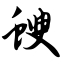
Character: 螋